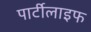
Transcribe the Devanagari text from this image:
पार्टीलाइफ